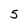
Character: 5